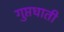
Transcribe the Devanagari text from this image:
गुप्तघाती